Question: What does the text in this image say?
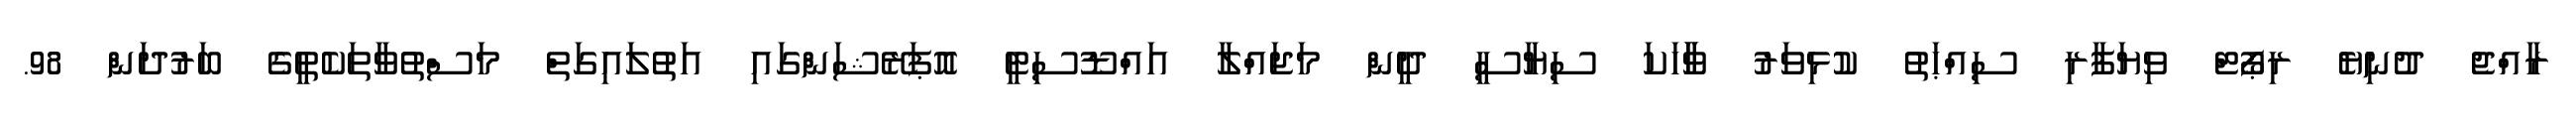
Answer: ރާއްޖެ ދުނިޔެ ރިޕޯޓް ވިޔަފާރި ސިއްޙަތު ކުޅިވަރު ވާާހަކަ ސިޔާސީ ދީން މަޖައްލާ އައްޑޫސިޓީ އޮޕަރޭޝަންގައި އަތުލައިގަތް މަސްތުވާތަކެތީގެ ބަރުދަން 98.